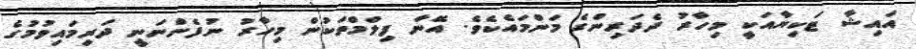
އައިޝާ ޓަކިޔާއަކީ މިހާރު ދެދަރިންގެ މަންމައެކެވެ. އޭނާ ފިލްމްތަކުން މިހާރު ނުފެންނަނީ ދަރިމައިވުމުގެ